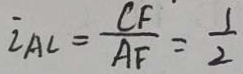
i A C = \frac { C F } { A F } = \frac { 1 } { 2 }